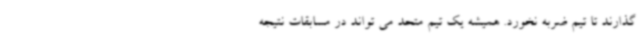
گذارند تا تیم ضربه نخورد. همیشه یک تیم متحد می تواند در مسابقات نتیجه